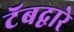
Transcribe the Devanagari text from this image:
टॅबद्वारे